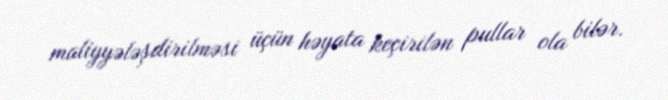
maliyyələşdirilməsi üçün həyata keçirilən pullar ola bilər.